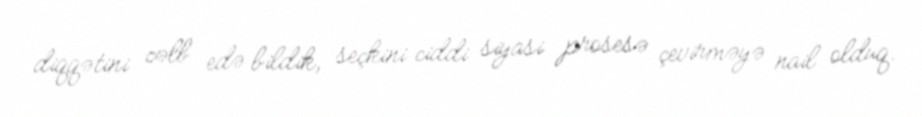
diqqətini cəlb edə bildik, seçkini ciddi siyasi prosesə çevirməyə nail olduq.